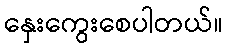
နှေးကွေးစေပါတယ်။